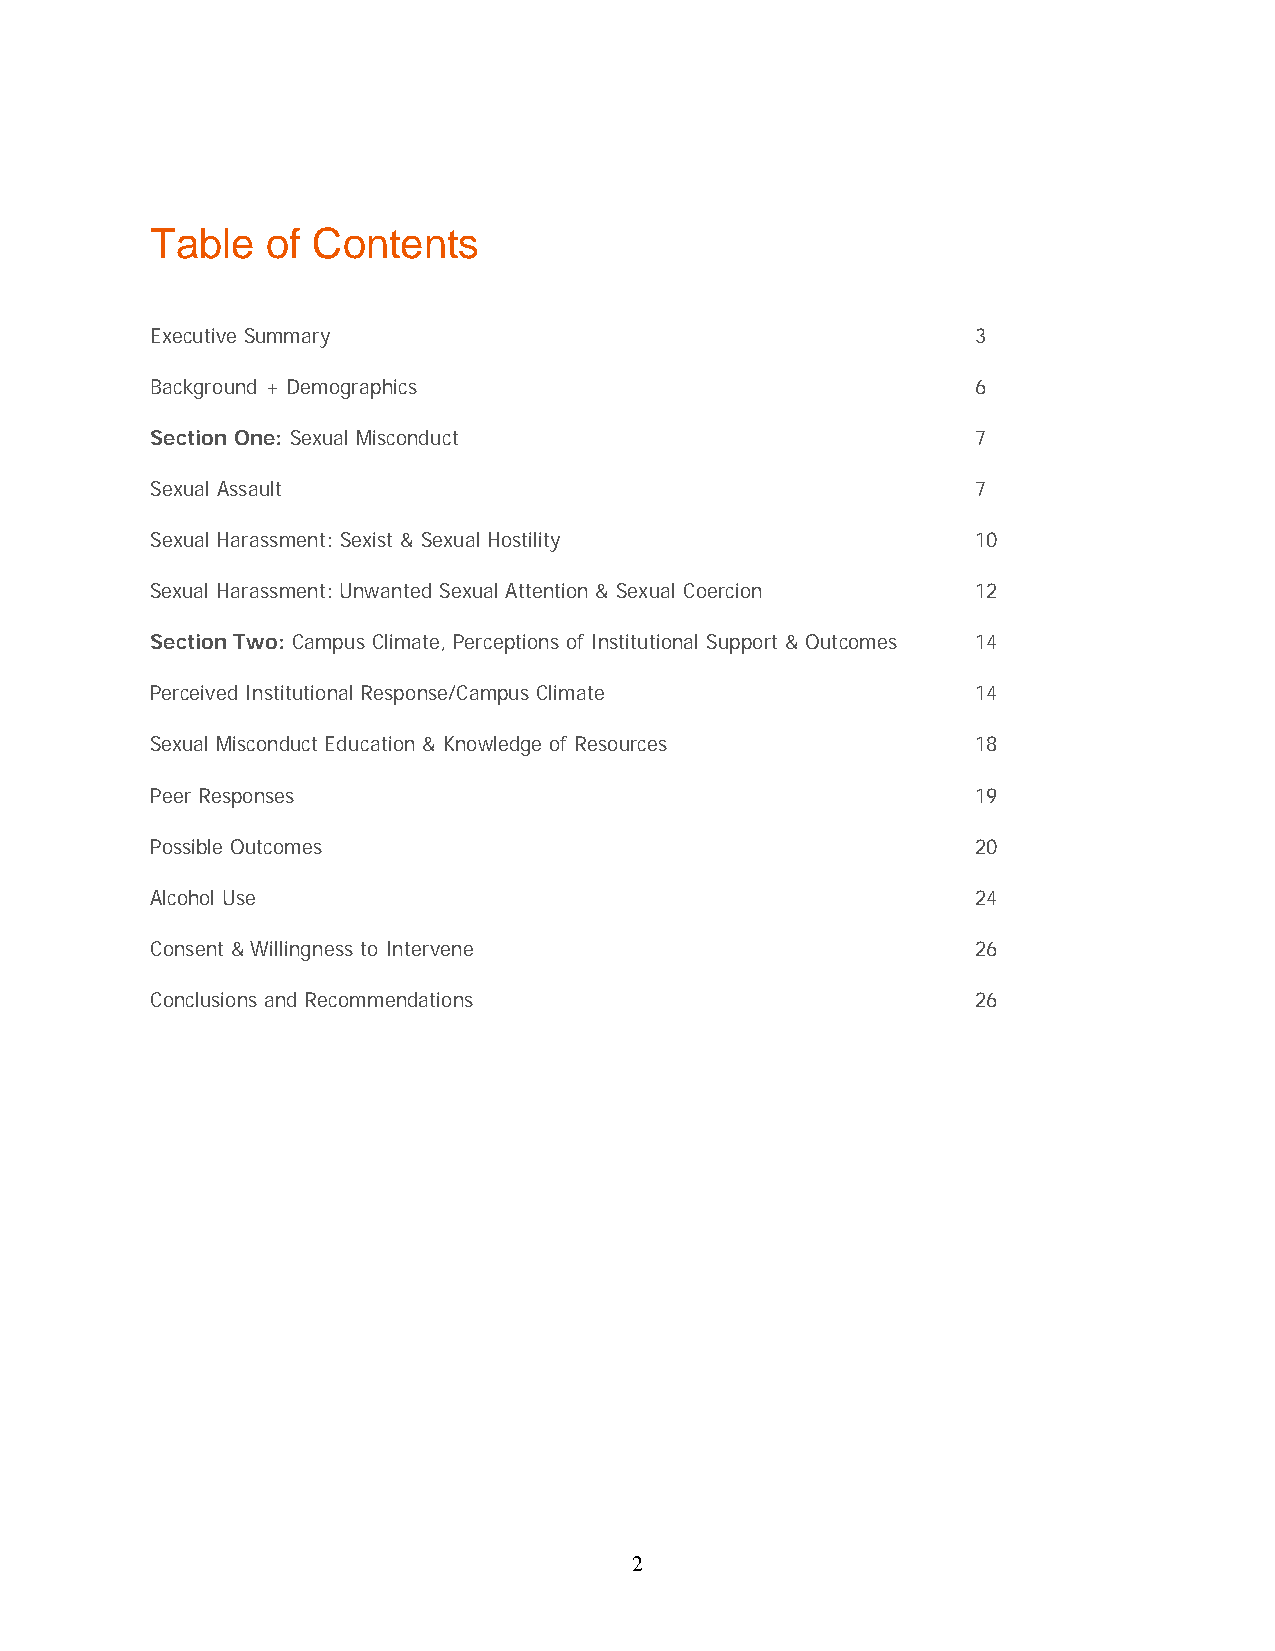
Table   of Contents
 Executive Summary                                      3
 Background + Demographics                              6
 Section One: Sexual Misconduct                         7
 Sexual Assault                                         7
 Sexual Harassment: Sexist & Sexual Hostility           10
 Sexual Harassment: Unwanted Sexual Attention & Sexual Coercion 12
 Section Two: Campus Climate, Perceptions of Institutional Support & Outcomes 14
 Perceived Institutional Response/Campus Climate        14
 Sexual Misconduct Education & Knowledge of Resources   18
 Peer Responses                                         19
 Possible Outcomes                                      20
 Alcohol Use                                            24
 Consent & Willingness to Intervene                     26
 Conclusions and Recommendations                        26
 2